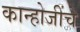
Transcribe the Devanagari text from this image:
कान्होजींचे